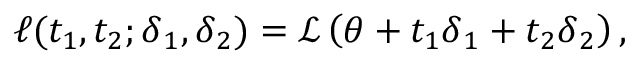
\ell ( t _ { 1 } , t _ { 2 } ; \boldsymbol \delta _ { 1 } , \boldsymbol \delta _ { 2 } ) = \mathcal { L } \left( \boldsymbol \theta + t _ { 1 } \boldsymbol \delta _ { 1 } + t _ { 2 } \boldsymbol \delta _ { 2 } \right) ,